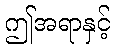
ဤအရာနှင့်